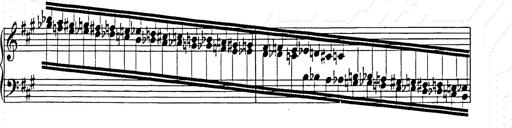
Title: Hungarian Rhapsody No.15
Composer: Franz Liszt
Key: A minor